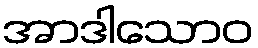
အာဒါသောဝ